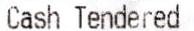
CASH TENDERED